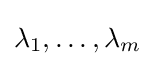
\lambda _{1},\ldots ,\lambda _{m}